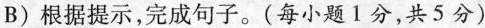
B)根据提示，完成句子。（每小题 1分，共5分）